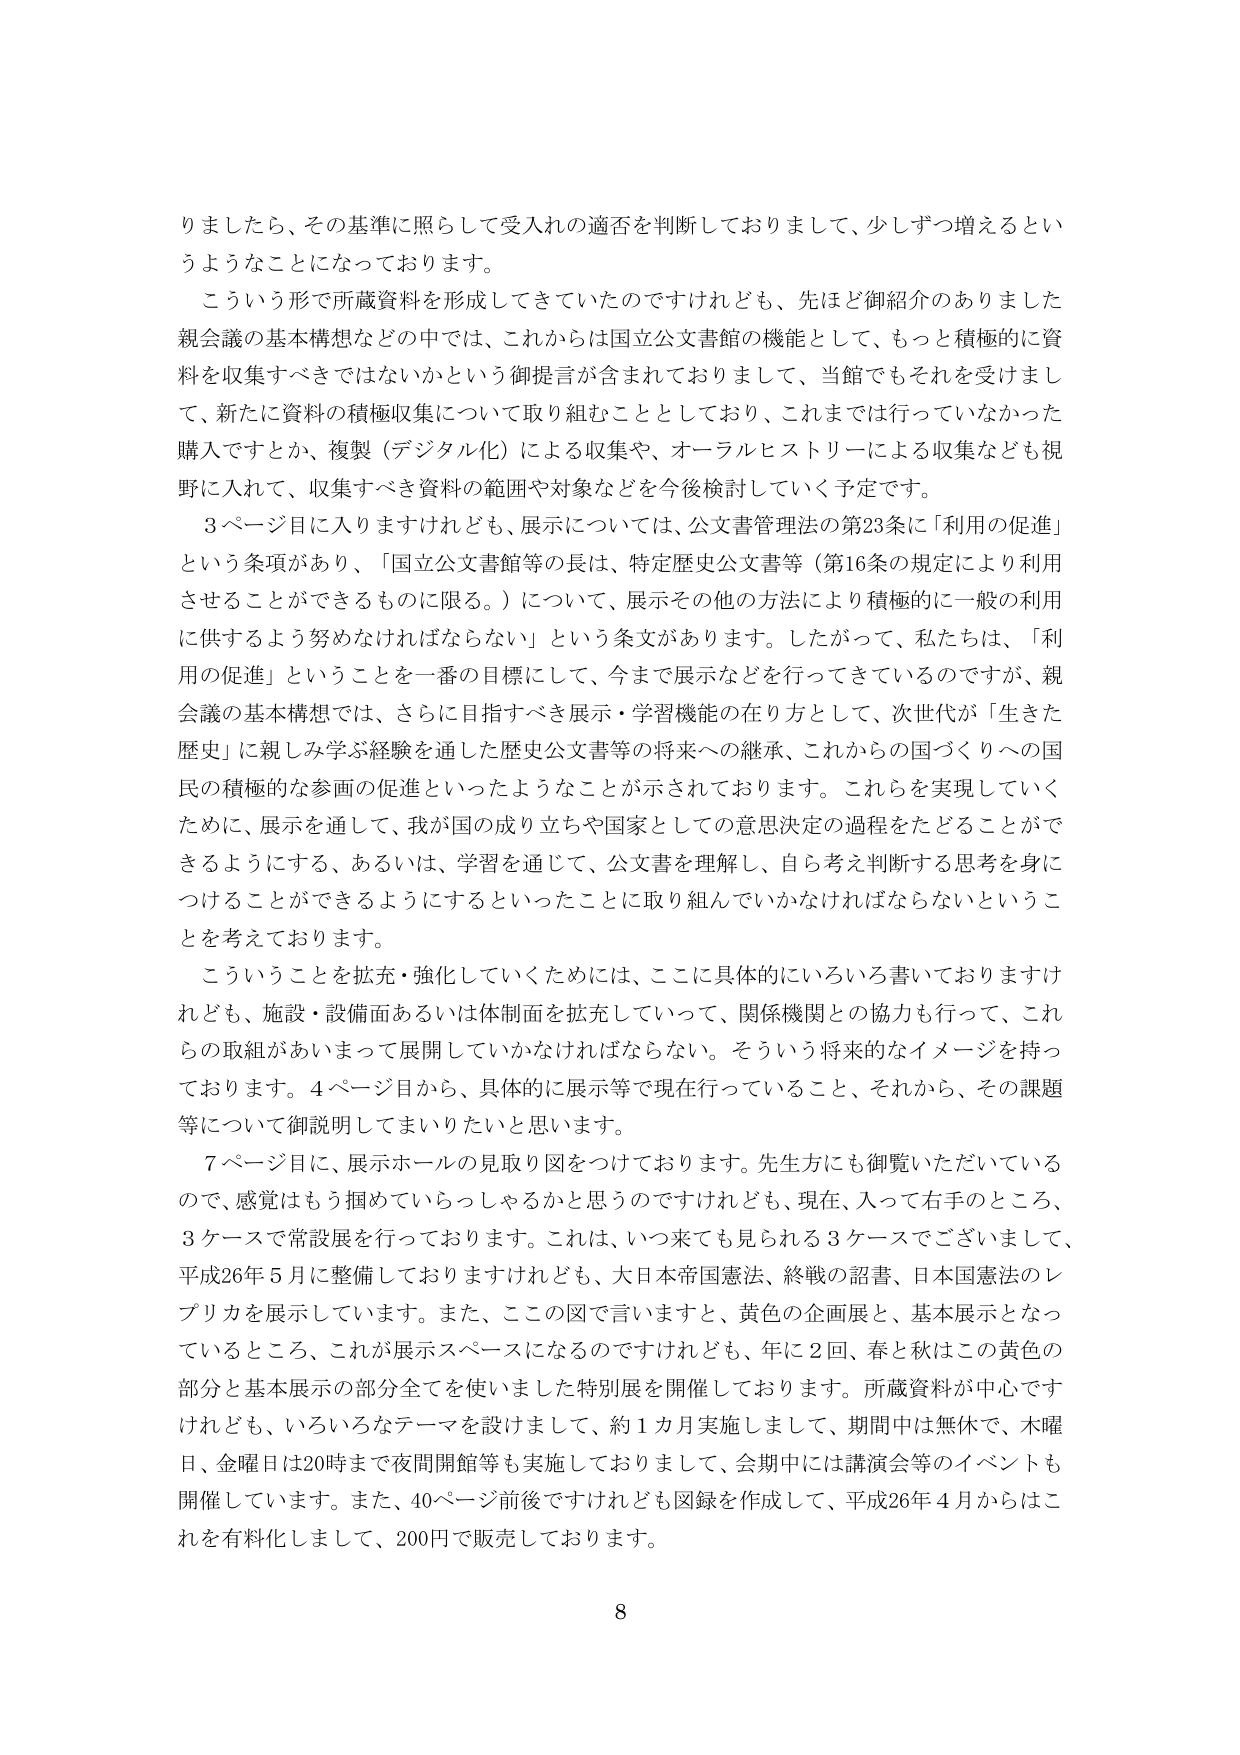
りましたら、その基準に照らして受入れの適否を判断しておりまして、少しずつ増えるというようなことになっております。

こういう形で所蔵資料を形成してきていたのですけれども、先ほど御紹介のありました親会議の基本構想などの中では、これからは国立公文書館の機能として、もっと積極的に資料を収集すべきではないかという御提言が含まれておりまして、当館でもそれを受けまして、新たに資料の積極収集について取り組むこととしており、これまでは行っていなかった購入ですとか、複製（デジタル化）による収集や、オーラルヒストリーによる収集なども視野に入れて、収集すべき資料の範囲や対象などを今後検討していく予定です。

3ページ目に入りますけれども、展示については、公文書管理法の第23条に「利用の促進」という条項があり、「国立公文書館等の長は、特定歴史公文書等（第16条の規定により利用させることができるものに限る。）について、展示その他の方法により積極的に一般の利用に供するよう努めなければならない」という条文があります。したがって、私たちは、「利用の促進」ということを一番の目標にして、今まで展示などを行ってきているのですが、親会議の基本構想では、さらに目指すべき展示・学習機能の在り方として、次世代が「生きた歴史」に親しみ学ぶ経験を通した歴史公文書等の将来への継承、これからの国づくりへの国民の積極的な参画の促進といったようなことが示されております。これらを実現していくために、展示を通して、我が国の成り立ちや国家としての意思決定の過程をたどることができるようにする、あるいは、学習を通じて、公文書を理解し、自ら考え判断する思考を身につけることができるようになるといったことに取り組んでいかなければならないということを考えております。

こういうことを拡充・強化していくためには、ここに具体的にいろいろ書いておりますけれども、施設・設備面あるいは体制面を拡充していって、関係機関との協力も行って、これらの取組があいまって展開していかなければならない。そういう将来的なイメージを持っております。4ページ目から、具体的に展示等で現在行っていること、それから、その課題等について御説明してまいりたいと思います。

7ページ目に、展示ホールの見取り図をつけております。先生方にも御覧いただいているので、感覚はもう掴めていらっしゃるかと思うのですけれども、現在、入って右手のところ、3ケースで常設展を行っております。これは、いつ来ても見られる3ケースでございまして、平成26年5月に整備しておりますけれども、大日本帝国憲法、終戦の詔書、日本国憲法のレプリカを展示しています。また、ここの図で言いますと、黄色の企画展と、基本展示となっているところ、これが展示スペースになるのですけれども、年に2回、春と秋はこの黄色の部分と基本展示の部分全てを使いました特別展を開催しております。所蔵資料が中心ですけれども、いろいろなテーマを設けまして、約1カ月実施しまして、期間中は無休で、木曜日、金曜日は20時まで夜間開館等も実施しておりまして、会期中には講演会等のイベントも開催しています。また、40ページ前後ですけれども図録を作成して、平成26年4月からはこれを有料化しまして、200円で販売しております。

8